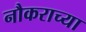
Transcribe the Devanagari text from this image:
नौकराच्या